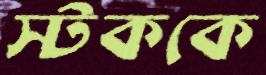
স্টককে